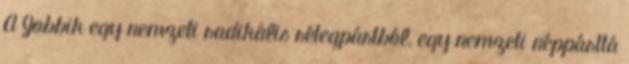
A Jobbik egy nemzeti radikális rétegpártból, egy nemzeti néppárttá